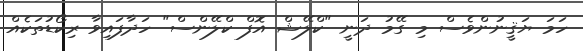
ހަމަ ޔަޤީނުންވެސް މި ގޭމު ދަނީ "ކްލޭޝް އޮފް ކްލޭންސް" ހަދާފައިވާ ރިކޯޑުތަކެއް